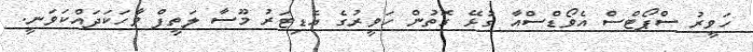
ހަވީރު ސްޕޯޓްސް އެވޯޑްސްއާ ގުޅޭ ގޮތުން ހަވީރުގެ އެޑިޓަރު މޫސާ ލަތީފް ވާހަކަދައްކަވަނީ.